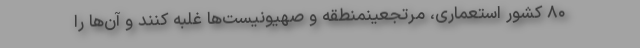
۸۰ کشور استعماری، مرتجعینمنطقه و صهیونیست‌ها غلبه کنند و آن‌ها را